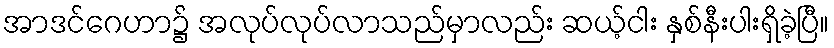
အာဒင်ဂေဟာ၌ အလုပ်လုပ်လာသည်မှာလည်း ဆယ့်ငါး နှစ်နီးပါးရှိခဲ့ပြီ။